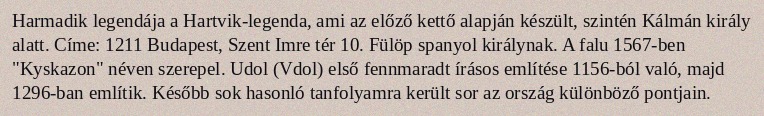
Harmadik legendája a Hartvik-legenda, ami az előző kettő alapján készült, szintén Kálmán király alatt. Címe: 1211 Budapest, Szent Imre tér 10. Fülöp spanyol királynak. A falu 1567-ben "Kyskazon" néven szerepel. Udol (Vdol) első fennmaradt írásos említése 1156-ból való, majd 1296-ban említik. Később sok hasonló tanfolyamra került sor az ország különböző pontjain.